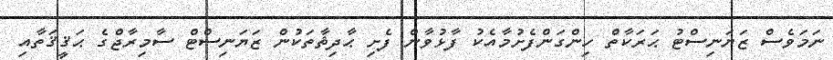
ނަމަވެސް ޒަޔަނިސްޓު ޙަރަކާތް ހިންގަންފެށުމާއެކު ފާޅުވާން ފެށި ޙާދިޘާތަކުން ޒަޔަނިސްޓް ސާމިރާޖްގެ ޙަޤީޤަތާއި